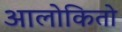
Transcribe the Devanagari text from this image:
आलोकितो